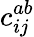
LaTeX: c_{ij}^{ab}